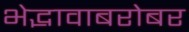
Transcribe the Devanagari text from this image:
भेद्भावाबरोबर